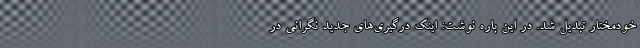
خودمختار تبدیل شد. در این باره نوشت: اینک درگیری‌های جدید نگرانی در